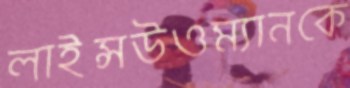
লাইন্সউওম্যানকে